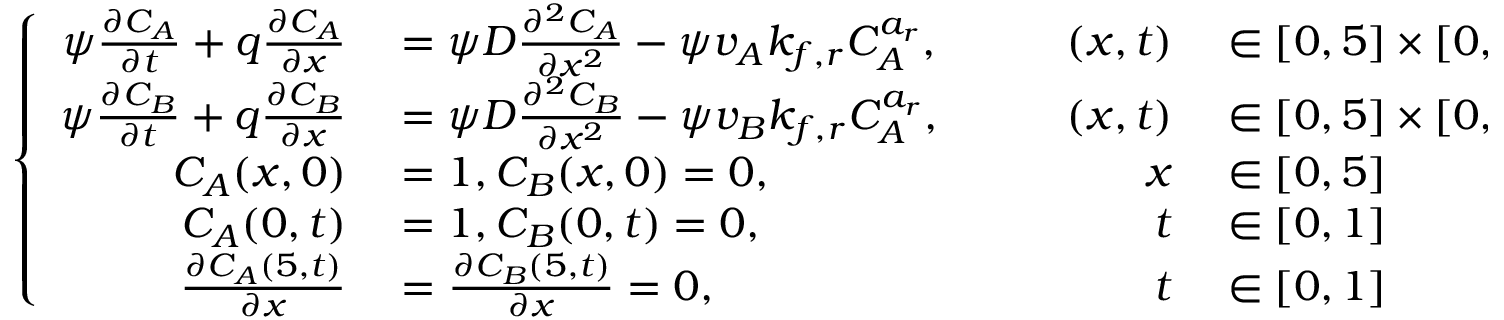
\left\{ \begin{array} { r l r l } { \psi \frac { \partial C _ { A } } { \partial t } + q \frac { \partial C _ { A } } { \partial x } } & { { } = \psi D \frac { \partial ^ { 2 } C _ { A } } { \partial x ^ { 2 } } - \psi v _ { A } k _ { f , r } C _ { A } ^ { a _ { r } } , \qquad } & { ( x , t ) } & { { } \in [ 0 , 5 ] \times [ 0 , 1 ] } \\ { \psi \frac { \partial C _ { B } } { \partial t } + q \frac { \partial C _ { B } } { \partial x } } & { { } = \psi D \frac { \partial ^ { 2 } C _ { B } } { \partial x ^ { 2 } } - \psi v _ { B } k _ { f , r } C _ { A } ^ { a _ { r } } , \qquad } & { ( x , t ) } & { { } \in [ 0 , 5 ] \times [ 0 , 1 ] } \\ { C _ { A } ( x , 0 ) } & { { } = 1 , C _ { B } ( x , 0 ) = 0 , } & { x } & { { } \in [ 0 , 5 ] } \\ { C _ { A } ( 0 , t ) } & { { } = 1 , C _ { B } ( 0 , t ) = 0 , } & { t } & { { } \in [ 0 , 1 ] } \\ { \frac { \partial C _ { A } ( 5 , t ) } { \partial x } } & { { } = \frac { \partial C _ { B } ( 5 , t ) } { \partial x } = 0 , } & { t } & { { } \in [ 0 , 1 ] } \end{array} \right. ,